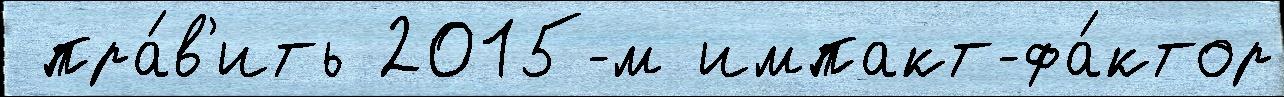
 пра́в'ить 2015-м импакт-фа́ктор